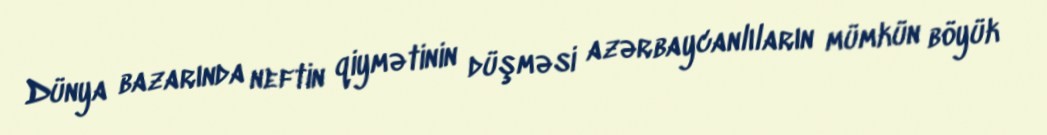
Dünya bazarında neftin qiymətinin düşməsi azərbaycanlıların mümkün böyük